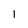
Character: 1